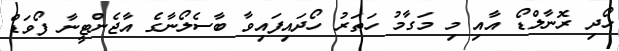
ހޯދި ރޮނާލްޑޯ އާއި މި މަގާމު ހަތަރު ހޯދައިފައިވާ ބާސެލޯނާގެ އާޖެންޓީނާ ފޯވަޑް